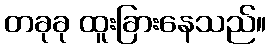
တခုခု ထူးခြားနေသည်။